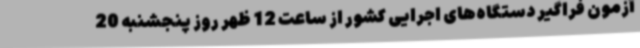
آزمون فراگیر دستگاه‌های اجرایی کشور از ساعت 12 ظهر روز پنجشنبه 20